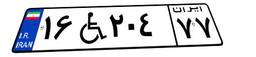
۱۶W۲۰۴۷۷